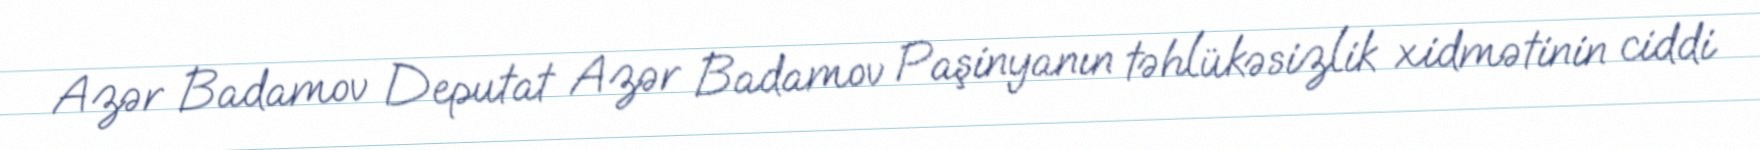
Azər Badamov Deputat Azər Badamov Paşinyanın təhlükəsizlik xidmətinin ciddi